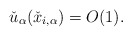
\begin{align*}\check{u}_\alpha(\check{x}_{i,\alpha})=O(1).\end{align*}